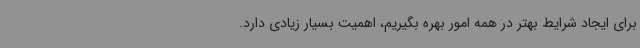
برای ایجاد شرایط بهتر در همه امور بهره بگیریم، اهمیت بسیار زیادی دارد.